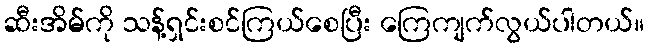
ဆီးအိမ်ကို သန့်ရှင်းစင်ကြယ်စေပြီး ကြေကျက်လွယ်ပါတယ်။